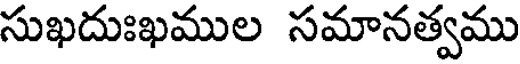
సుఖదుఃఖముల సమానత్వము